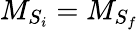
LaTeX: {M}_{{S}_{i}}={M}_{{S}_{f}}